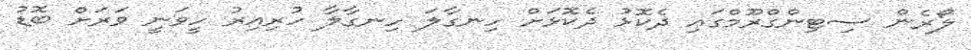
ލޯރެން ސިޓިންގްރޫމްގައި ދެކޮޅު ދެކޮޅަށް ހިނގާލަ ހިނގާލާ ހުރިއިރު ހީވަނީ ވަރަށް ބޮޑު